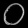
Digit: ၀